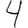
Digit: 4